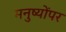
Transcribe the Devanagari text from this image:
मनुष्योंपर